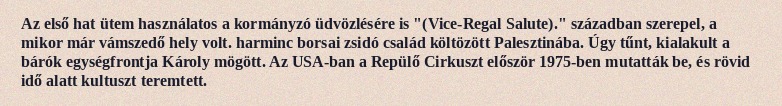
Az első hat ütem használatos a kormányzó üdvözlésére is "(Vice-Regal Salute)." században szerepel, a mikor már vámszedő hely volt. harminc borsai zsidó család költözött Palesztinába. Úgy tűnt, kialakult a bárók egységfrontja Károly mögött. Az USA-ban a Repülő Cirkuszt először 1975-ben mutatták be, és rövid idő alatt kultuszt teremtett.